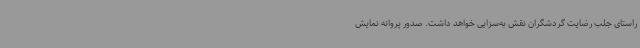
راستای جلب رضایت گردشگران نقش به‌سزایی خواهد داشت. صدور پروانه نمایش